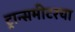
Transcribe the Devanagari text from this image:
ट्रान्समीटरचा